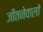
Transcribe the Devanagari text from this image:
जीतनेवालों